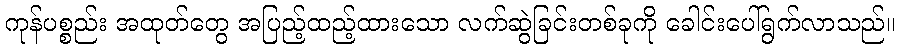
ကုန်ပစ္စည်း အထုတ်တွေ အပြည့်ထည့်ထားသော လက်ဆွဲခြင်းတစ်ခုကို ခေါင်းပေါ်ရွက်လာသည်။